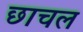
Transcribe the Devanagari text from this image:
छाचल